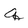
Character: q